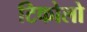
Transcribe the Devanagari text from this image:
टिकोलो